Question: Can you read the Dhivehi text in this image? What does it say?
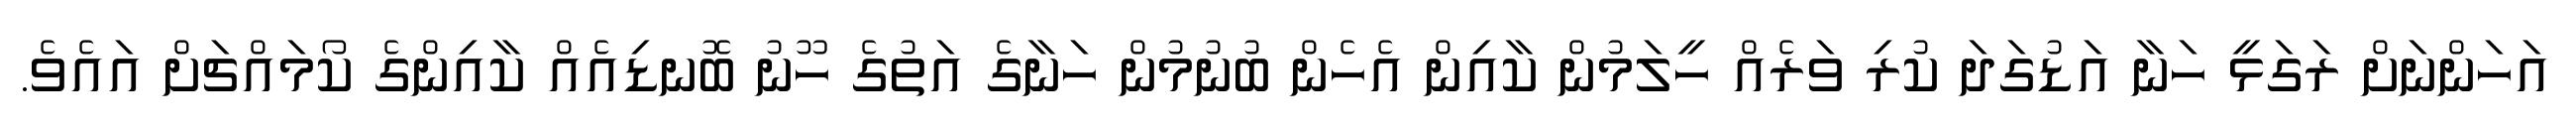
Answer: އަހަންނަށް ރަގަޅީ ހަނާ އަޑުގަދަ ކުރި ވަރެއް ހީލަމުން ކާއިން އެހެން ބުނުމުން ހަނާގެ އަތުގެ ހޫނު ބޮނޑިއެއް ކާއިންގެ ކޯމައްޗަށް އައެވެ.